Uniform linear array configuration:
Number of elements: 32
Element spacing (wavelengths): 0.5
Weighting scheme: hann
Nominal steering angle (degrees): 0
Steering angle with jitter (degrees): -0.359
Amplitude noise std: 0.05
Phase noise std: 0.05

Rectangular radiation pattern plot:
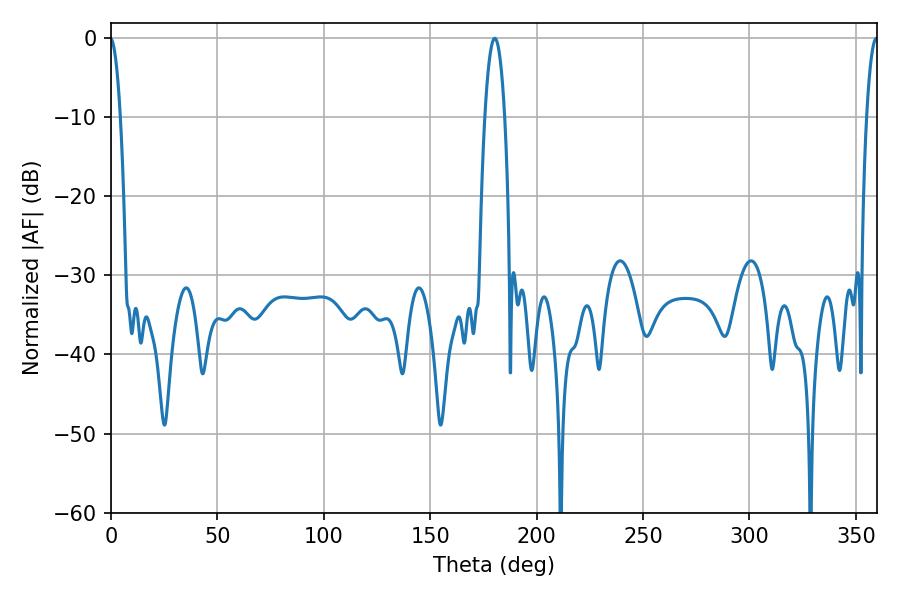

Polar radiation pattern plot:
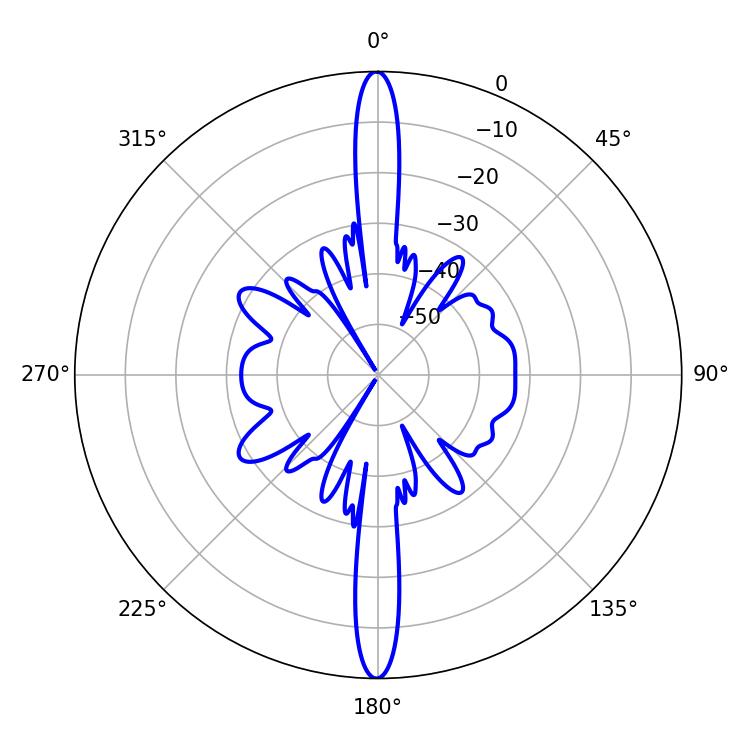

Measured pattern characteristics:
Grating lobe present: FALSE
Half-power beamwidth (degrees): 5.22
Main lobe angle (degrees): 180.36